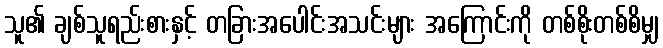
သူ၏ ချစ်သူရည်းစားနှင့် တခြားအပေါင်းအသင်းများ အကြောင်းကို တစ်စိုးတစ်စိမျှ